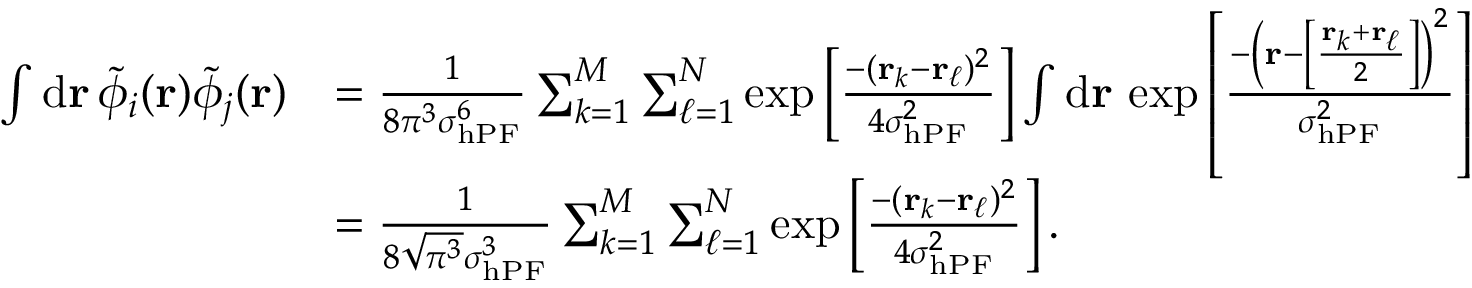
\begin{array} { r l } { \int \mathrm { d } \mathbf { r } \, \tilde { \phi } _ { i } ( \mathbf { r } ) \tilde { \phi } _ { j } ( \mathbf { r } ) } & { = \frac { 1 } { 8 \pi ^ { 3 } \sigma _ { \mathrm { h P F } } ^ { 6 } } \sum _ { k = 1 } ^ { M } \sum _ { \ell = 1 } ^ { N } \exp \left[ \frac { - ( \mathbf { r } _ { k } - \mathbf { r } _ { \ell } ) ^ { 2 } } { 4 \sigma _ { \mathrm { h P F } } ^ { 2 } } \right] \int \mathrm { d } \mathbf { r } \, \exp \left[ \frac { - \left( \mathbf { r } - \left[ \frac { \mathbf { r } _ { k } + \mathbf { r } _ { \ell } } { 2 } \right] \right) ^ { 2 } } { \sigma _ { \mathrm { h P F } } ^ { 2 } } \right] } \\ & { = \frac { 1 } { 8 \sqrt { \pi ^ { 3 } } \sigma _ { \mathrm { h P F } } ^ { 3 } } \sum _ { k = 1 } ^ { M } \sum _ { \ell = 1 } ^ { N } \exp \left[ \frac { - ( \mathbf { r } _ { k } - \mathbf { r } _ { \ell } ) ^ { 2 } } { 4 \sigma _ { \mathrm { h P F } } ^ { 2 } } \right] . } \end{array}